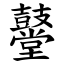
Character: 鼞